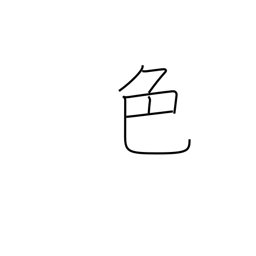
Meaning: color